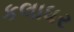
કલાધર